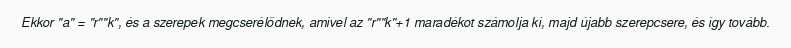
Ekkor "a" = "r""k", és a szerepek megcserélődnek, amivel az "r""k"+1 maradékot számolja ki, majd újabb szerepcsere, és így tovább.